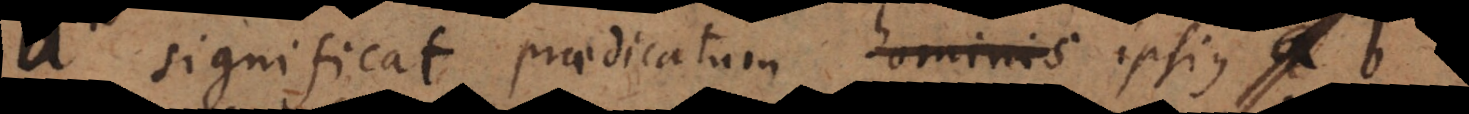
significat praedicatum y hominis ipsius